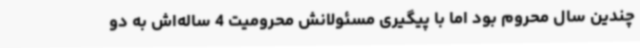
چندین سال محروم بود اما با پیگیری مسئولانش محرومیت 4 ساله‌اش به دو